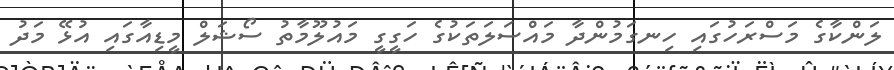
ލަންކާގެ މަސްރަހުގައި ހިނގަމުންދާ މައްސަލަތަކުގެ ހަގީގީ މައުލޫމާތު ސޯޝަލް މީޑިއާގައި އުޅޭ މަދު